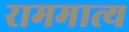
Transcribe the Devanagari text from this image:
राममात्य